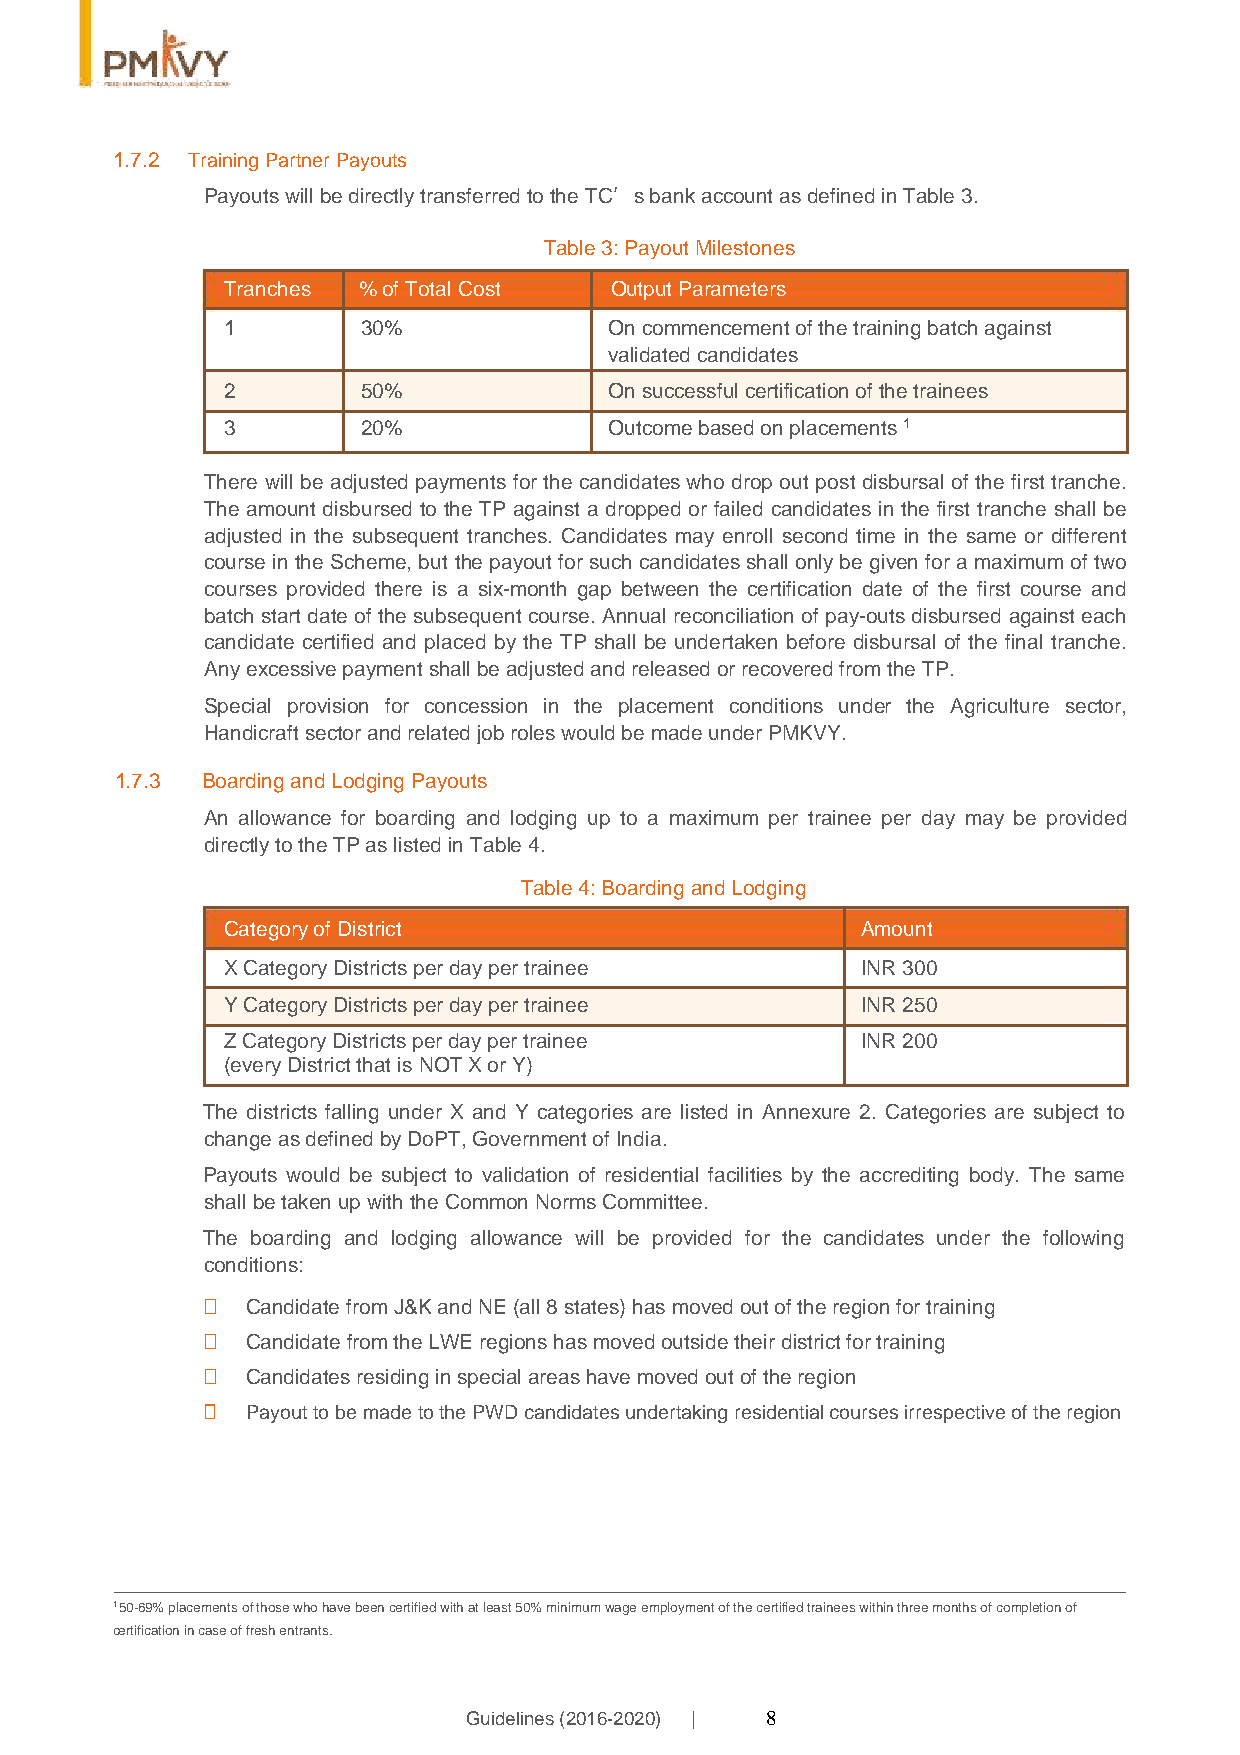
1.7.2 Training Partner Payouts
 Payouts will be directly transferred to the TC’s bank account as defined in Table 3.
 Table 3: Payout Milestones
 Tranches % of Total Cost Output Parameters
 1        30%             On commencement of the training batch against
 validated candidates
 2        50%             On successful certification of the trainees
 3        20%             Outcome based on placements 1
 There will be adjusted payments for the candidates who drop out post disbursal of the first tranche.
 The amount disbursed to the TP against a dropped or failed candidates in the first tranche shall be
 adjusted in the subsequent tranches. Candidates may enroll second time in the same or different
 course in the Scheme, but the payout for such candidates shall only be given for a maximum of two
 courses provided there is a six-month gap between the certification date of the first course and
 batch start date of the subsequent course. Annual reconciliation of pay-outs disbursed against each
 candidate certified and placed by the TP shall be undertaken before disbursal of the final tranche.
 Any excessive payment shall be adjusted and released or recovered from the TP.
 Special provision for concession in the placement conditions under the Agriculture sector,
 Handicraft sector and related job roles would be made under PMKVY.
 1.7.3 Boarding and Lodging Payouts
 An allowance for boarding and lodging up to a maximum per trainee per day may be provided
 directly to the TP as listed in Table 4.
 Table 4: Boarding and Lodging
 Category of District                      Amount
 X Category Districts per day per trainee  INR 300
 Y Category Districts per day per trainee  INR 250
 Z Category Districts per day per trainee  INR 200
 (every District that is NOT X or Y)
 The districts falling under X and Y categories are listed in Annexure 2. Categories are subject to
 change as defined by DoPT, Government of India.
 Payouts would be subject to validation of residential facilities by the accrediting body. The same
 shall be taken up with the Common Norms Committee.
 The boarding and lodging allowance will be provided for the candidates under the following
 conditions:
   Candidate from J&K and NE (all 8 states) has moved out of the region for training
   Candidate from the LWE regions has moved outside their district for training
   Candidates residing in special areas have moved out of the region
   Payout to be made to the PWD candidates undertaking residential courses irrespective of the region
 1 50-69% placements of those who have been certified with at least 50% minimum wage employment of the certified trainees within three months of completion of
 certification in case of fresh entrants.
 Guidelines (2016-2020) | 8